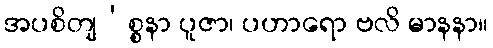
အပစိတျ’စ္စနာ ပူဇာ၊ ပဟာရော ဗလိ မာနနာ။